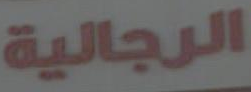
الرجالية